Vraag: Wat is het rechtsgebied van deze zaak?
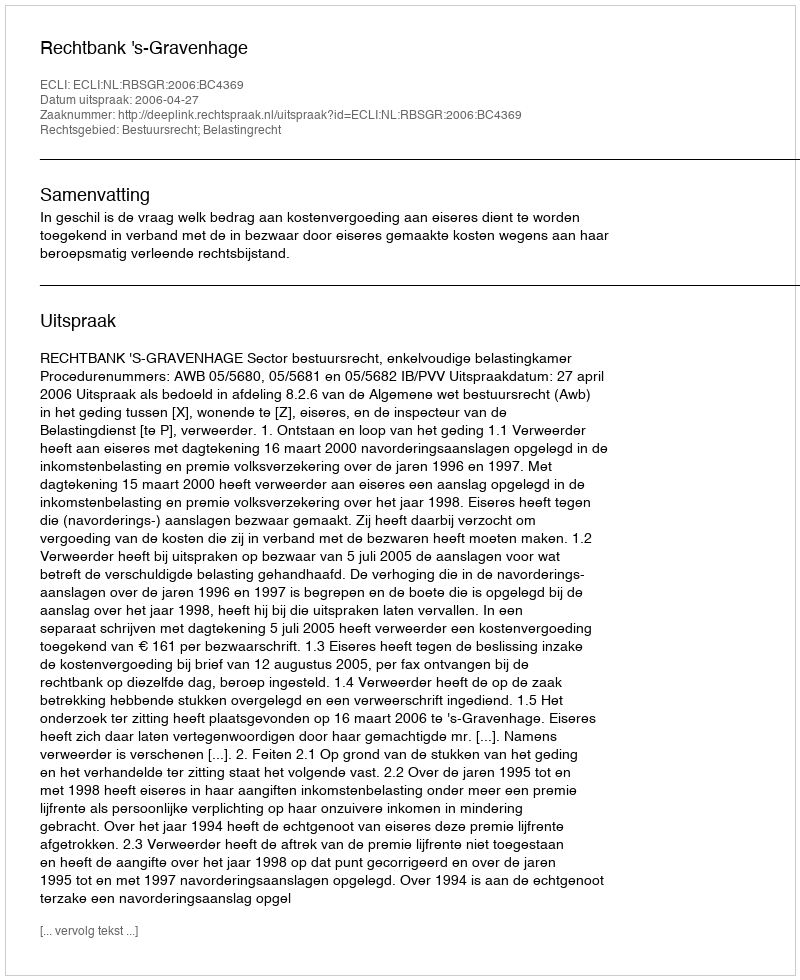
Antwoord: Bestuursrecht; Belastingrecht